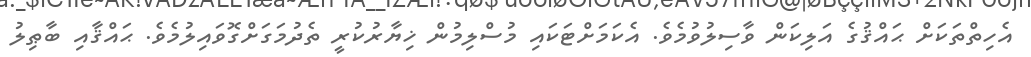
އެހިތްތަކަށް ޙައްޤުގެ އަލިކަން ވާސިލުވުމެވެ. އެކަމަށްޓަކައި މުސްލިމުން ޚިޔާރުކުރީ ތެދުމަގަށްގޮވައިލުމެވެ. ޙައްޤާއި ބާޠިލު